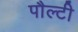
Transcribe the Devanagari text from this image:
पौल्टी